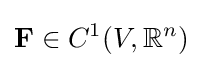
\mathbf {F} \in C^{1}(V,\mathbb {R} ^{n})